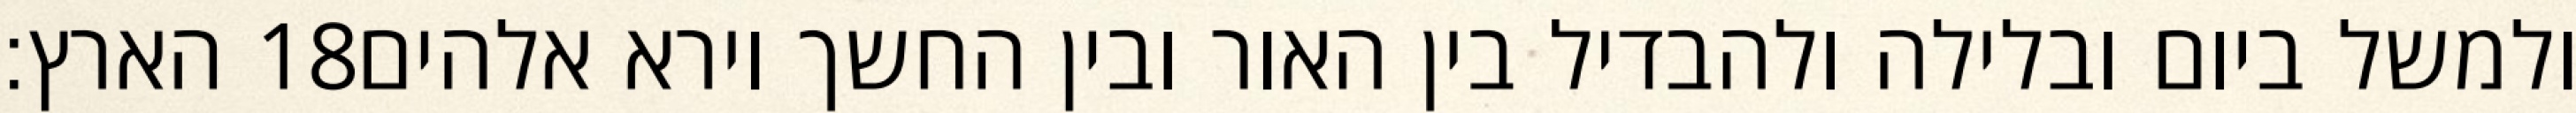
הארץ׃ ‎18‏ ולמשל ביום ובלילה ולהבדיל בין האור ובין החשך וירא אלהים